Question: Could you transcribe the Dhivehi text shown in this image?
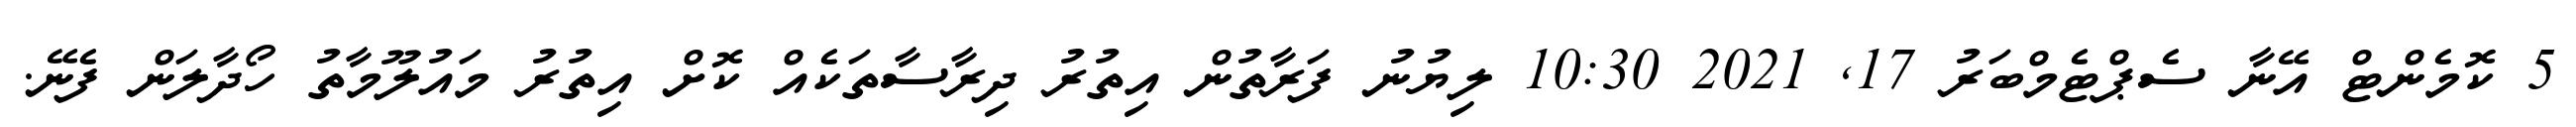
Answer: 5 ކޮމެންޓް އޭނާ ސެޕްޓެމްބަރު 17, 2021 10:30 ލިޔުނު ފަރާތުން އިތުރު ދިރާސާތަކެއް ކޮށް އިތުރު މައުލޫމާތު ހޯދާލަން ފެނޭ.